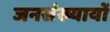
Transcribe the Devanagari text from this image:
जनसंख्यायों